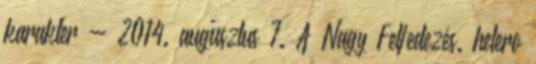
karakter - 2014. augusztus 7. A Nagy Felfedezés. hetero